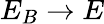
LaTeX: E_{B}\to E